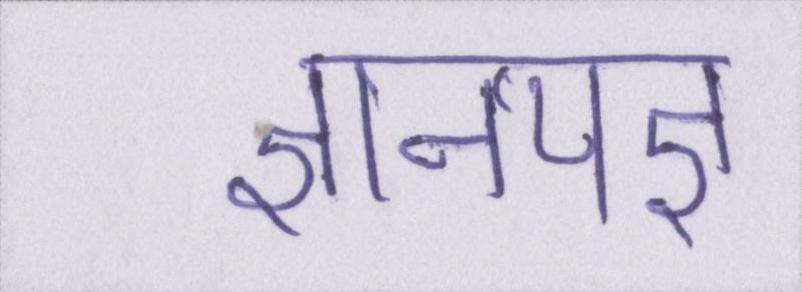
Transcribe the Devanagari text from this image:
ज्ञानयज्ञ